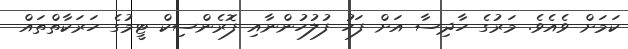
ކަމަށް ވެއެވެ. މަރުގެ ހާދިސާ އަށް ފަހު ފުލުހުންނާއި ފޮރެންސިކް ޓީމުގެ ހަރަކާތްތައް